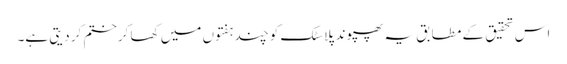
اس تحقیق کے مطابق یہ پھپوند پلاسٹک کو چند ہفتوں میں کھا کرختم کر دیتی ہے۔